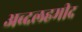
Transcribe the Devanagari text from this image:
अब्दलहमीद